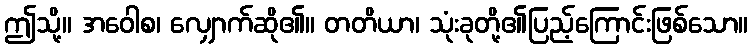
ဤသို့။ အဝေါစ၊ လျှောက်ဆို၏။ တတိယာ၊ သုံးခုတို့၏ပြည့်ကြောင်းဖြစ်သော။